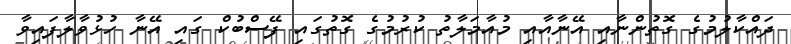
ދައްކާލުމުގެ ގޮތުންނާއި އޭނާއާއި މުއާމަލާތު ކުރުމުގެ ގޮތުގައި ފޭސްބުކް ގައި އޭނާ ހުޅުވާލާފައިވާ